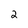
Character: 2